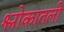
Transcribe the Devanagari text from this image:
श्लोकातली